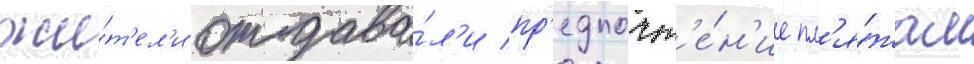
жи́т'ел'и отдава́л'и пр'едпочт'е́н'ие пл'я́жам